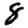
Digit: 8